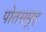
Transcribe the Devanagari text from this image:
पोतसमूह